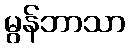
မွန်ဘာသာ